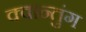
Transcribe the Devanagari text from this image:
क्वान्तुंग